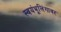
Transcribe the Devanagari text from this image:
स्वयंभूलिंगावर